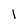
Character: 1